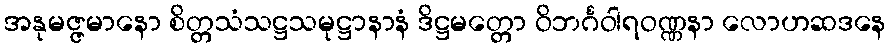
အနုမဇ္ဇမာနော စိတ္တသံသဋ္ဌသမုဋ္ဌာနာနံ ဒိဋ္ဌမတ္တော ဝိဘင်္ဂဝါရဝဏ္ဏနာ လောဟဆဒနေ